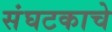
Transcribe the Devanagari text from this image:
संघटकाचे